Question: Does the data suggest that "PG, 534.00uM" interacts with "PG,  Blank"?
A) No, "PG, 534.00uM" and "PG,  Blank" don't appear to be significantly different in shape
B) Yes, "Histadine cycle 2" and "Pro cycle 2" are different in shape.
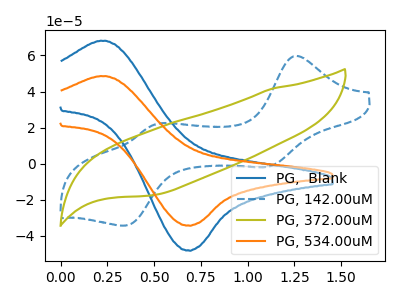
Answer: <think>The blue curve "PG,  Blank" has an anodic peak at (0.20V, 68.15uA) and a cathodic peak at (0.70V, -48.00uA). The blue dashed curve "PG, 142.00uM" has anodic peaks at (1.25V, 59.60uA) (0.50V, 21.85uA) and cathodic peaks at (1.10V, -1.75uA) (0.35V, -34.25uA). The olive curve "PG, 372.00uM" has no peaks. The orange curve "PG, 534.00uM" has an anodic peak at (0.20V, 48.55uA) and a cathodic peak at (0.70V, -34.20uA).
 All the peaks in "PG, 534.00uM" have a peak in "PG,  Blank" at the same potential. Every peak in "PG, 534.00uM" is lower than every peak in "PG,  Blank".</think>
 <answer>A) No, "PG, 534.00uM" and "PG,  Blank" don't appear to be significantly different in shape</answer>
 <eval>A</eval>